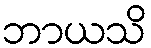
ဘာယသိ